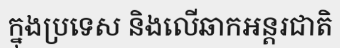
ក្នុងប្រទេស និងលើឆាកអន្តរជាតិ